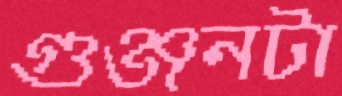
গুঞ্জনটা